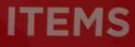
ITEMS